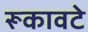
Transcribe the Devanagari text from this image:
रूकावटे